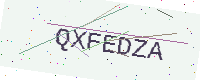
Text: QXFEDZA